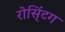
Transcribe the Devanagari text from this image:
रोसिं्टग